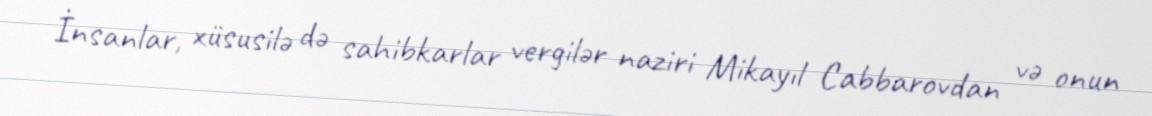
İnsanlar, xüsusilə də sahibkarlar vergilər naziri Mikayıl Cabbarovdan və onun